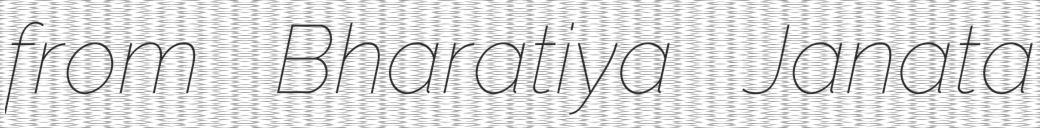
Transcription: from Bharatiya Janata